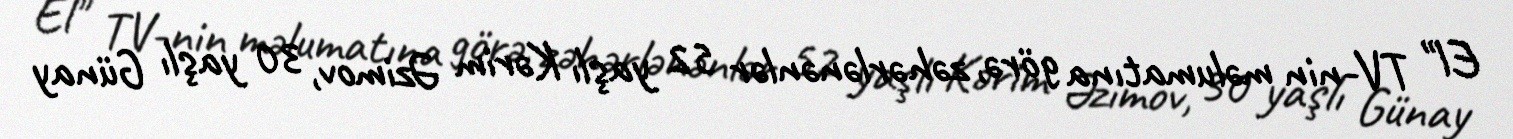
El" TV-nin məlumatına görə, zəhərlənənlər 52 yaşlı Kərim Əzimov, 30 yaşlı Günay